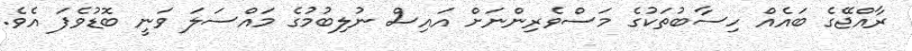
ރާއްޖޭގެ ބައެއް ހިސާބުތަކުގެ މަސްވެރިންނަށް އައިސް ނުލިބުމުގެ މައްސަލަ ވަނީ ބޮޑުވެފަ އެވެ.